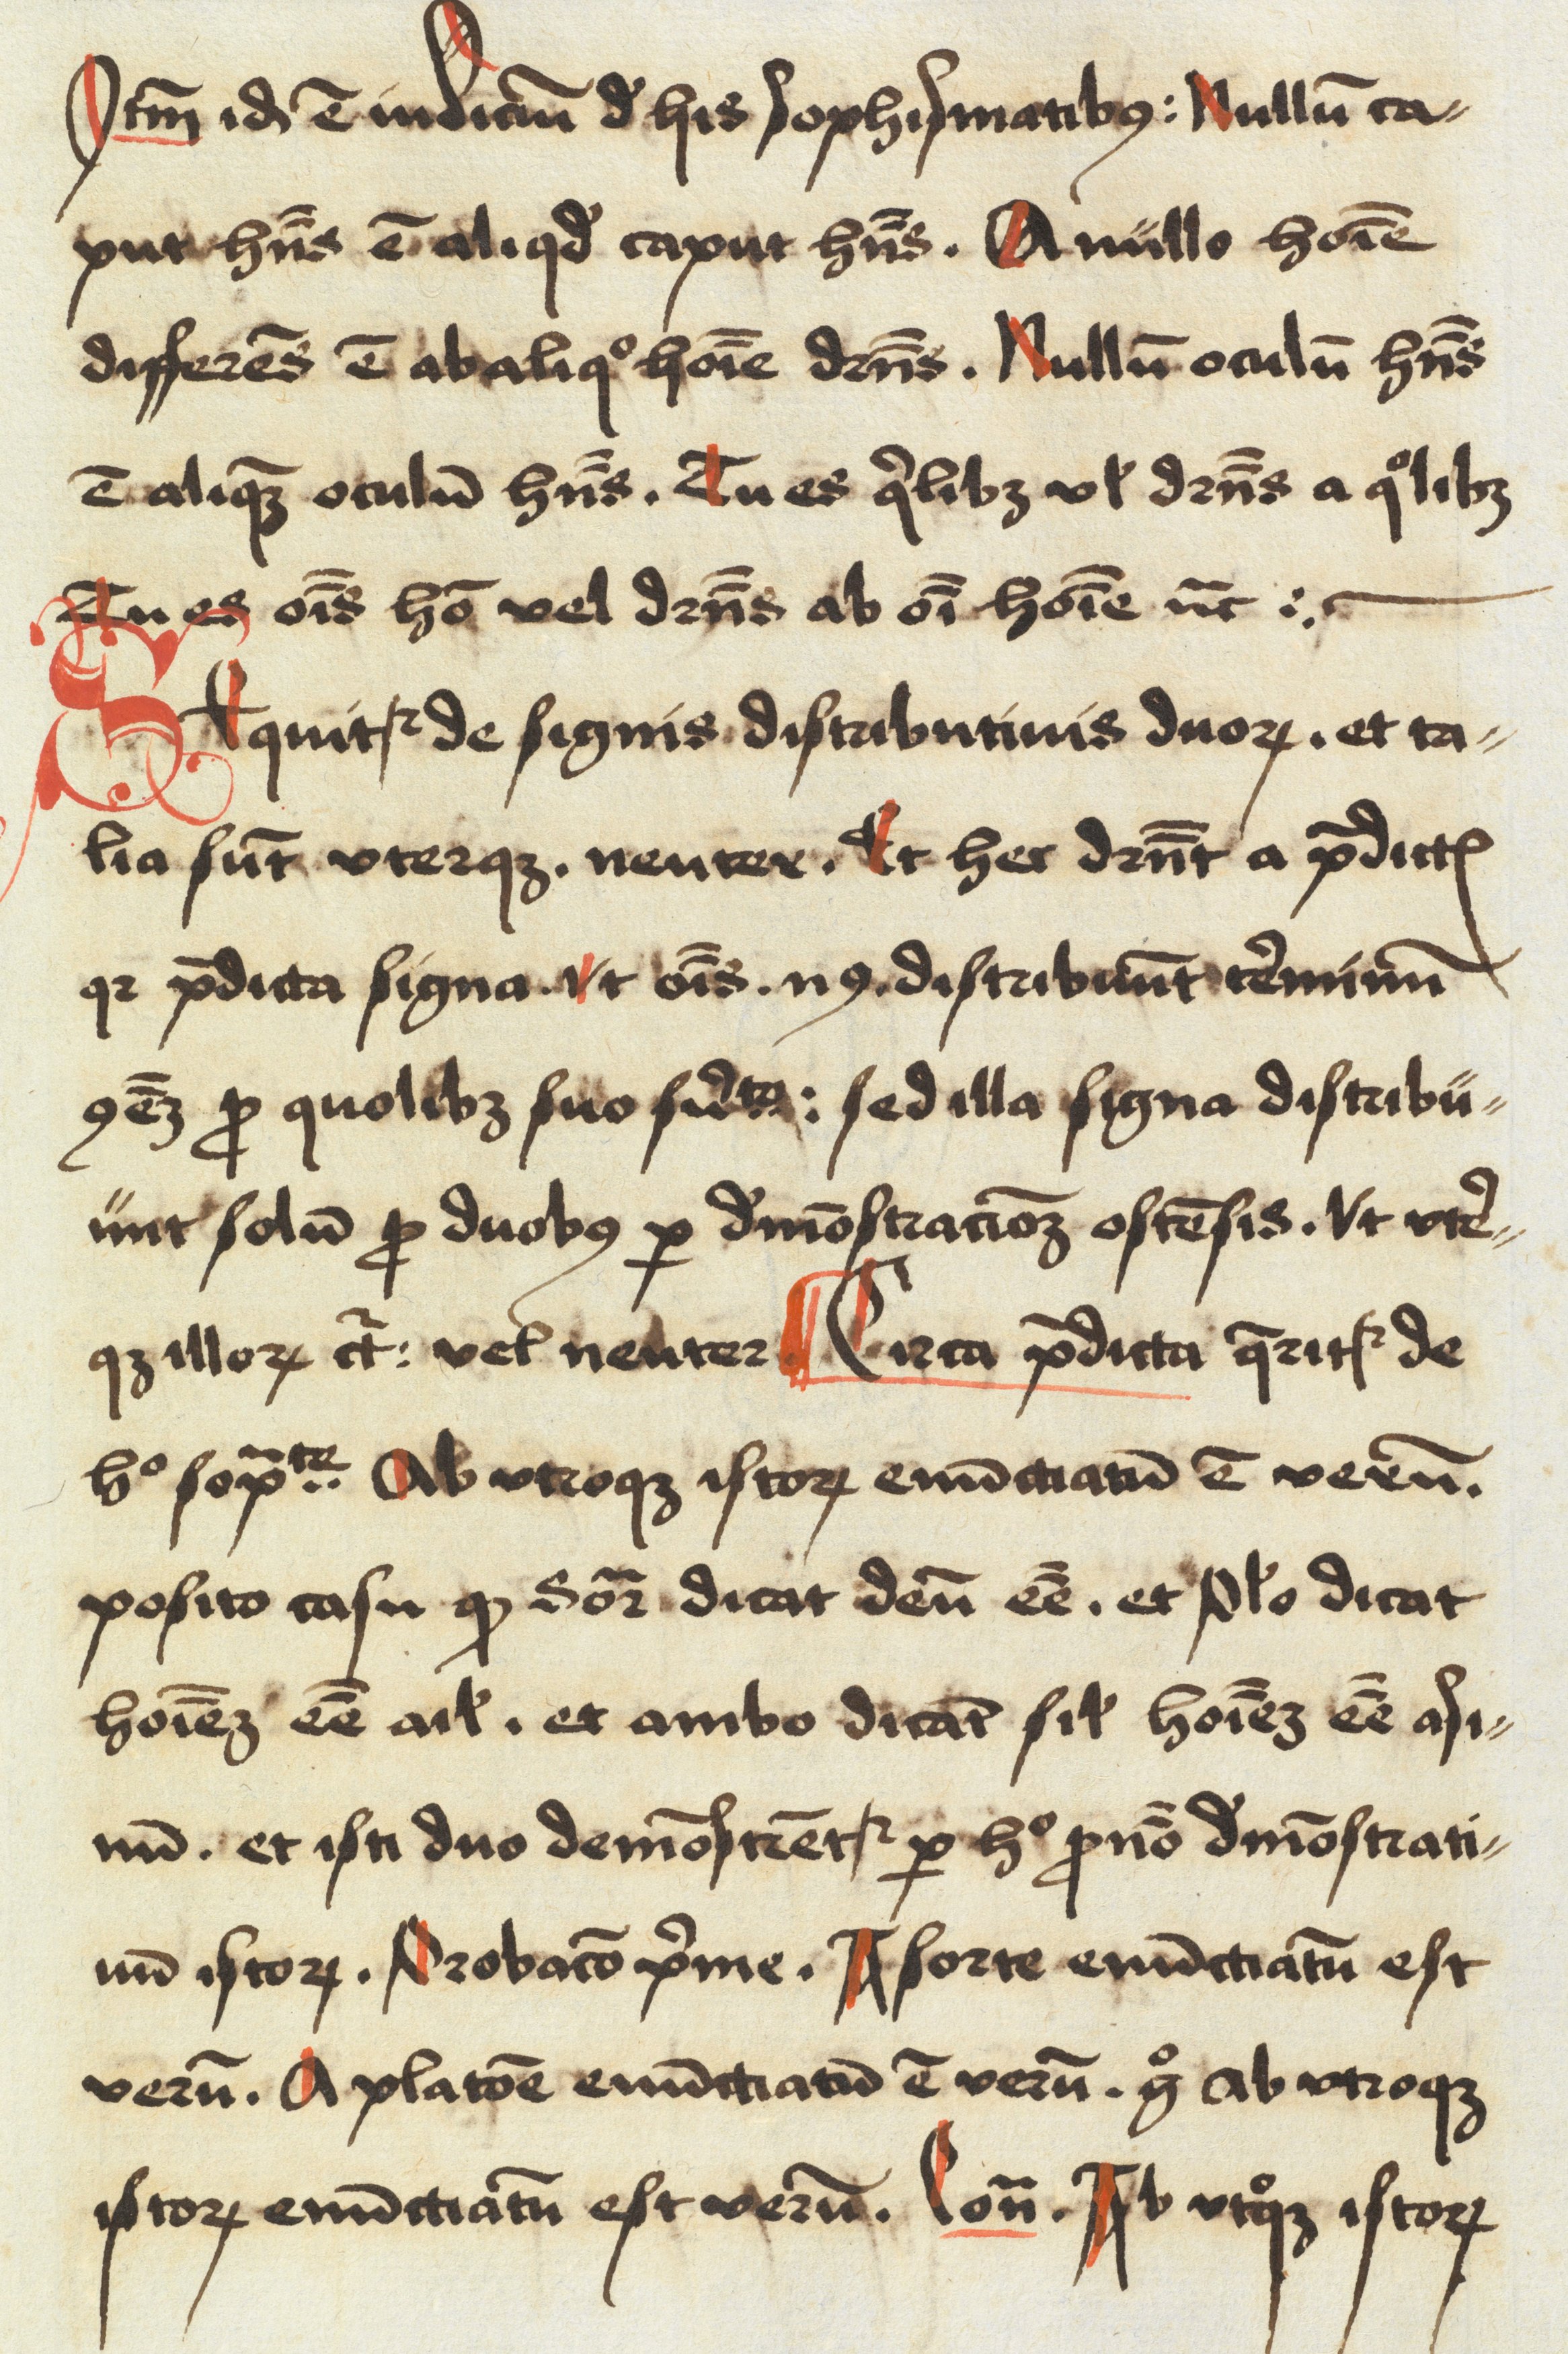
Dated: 1498–1499